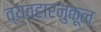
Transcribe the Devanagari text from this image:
व्यवहारनुकूल